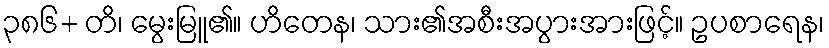
၃၈၆+ တိ၊ မွေးမြူ၏။ ဟိတေန၊ သား၏အစီးအပွားအားဖြင့်။ ဥပစာရေန၊